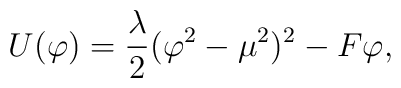
U(\varphi) = { \lambda \over 2}(\varphi^2 - \mu^2)^2 - F \varphi ,